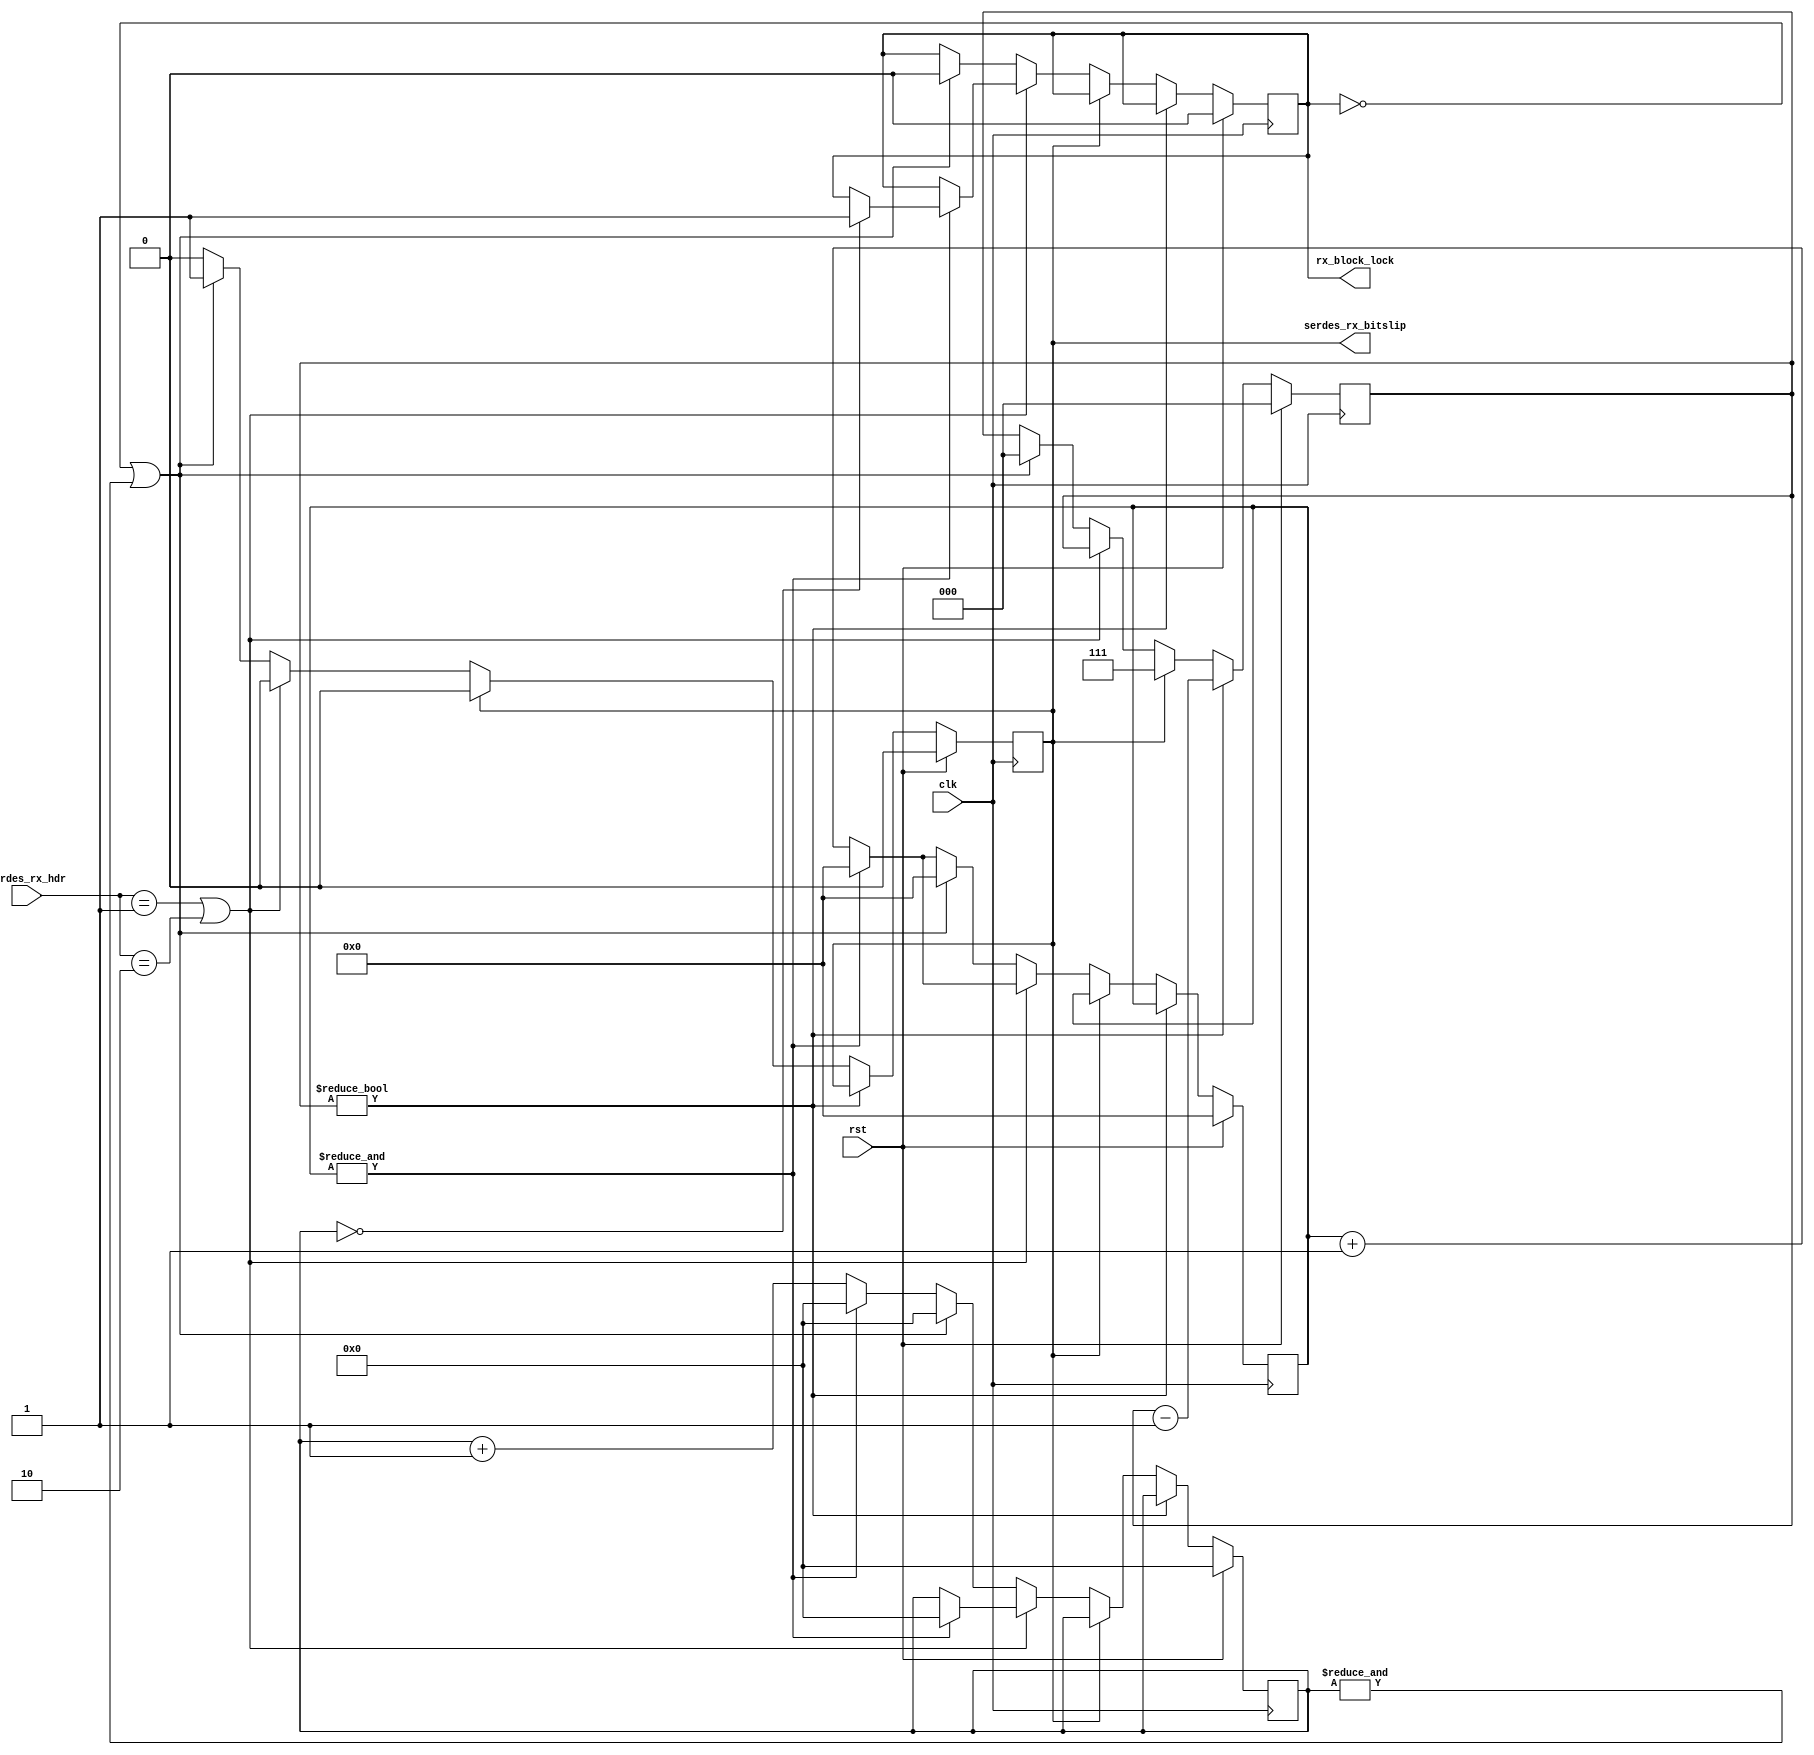
module eth_phy_10g_rx_frame_sync #
(
    parameter HDR_WIDTH = 2,
    parameter BITSLIP_HIGH_CYCLES = 1,
    parameter BITSLIP_LOW_CYCLES = 8
)
(
    input  wire                  clk,
    input  wire                  rst,

    /*
     * SERDES interface
     */
    input  wire [HDR_WIDTH-1:0]  serdes_rx_hdr,
    output wire                  serdes_rx_bitslip,

    /*
     * Status
     */
    output wire                  rx_block_lock
);

parameter BITSLIP_MAX_CYCLES = BITSLIP_HIGH_CYCLES > BITSLIP_LOW_CYCLES ? BITSLIP_HIGH_CYCLES : BITSLIP_LOW_CYCLES;
parameter BITSLIP_COUNT_WIDTH = $clog2(BITSLIP_MAX_CYCLES);

// bus width assertions
initial begin
    if (HDR_WIDTH != 2) begin
        $error("Error: HDR_WIDTH must be 2");
        $finish;
    end
end

localparam [1:0]
    SYNC_DATA = 2'b10,
    SYNC_CTRL = 2'b01;

reg [5:0] sh_count_reg = 6'd0, sh_count_next;
reg [3:0] sh_invalid_count_reg = 4'd0, sh_invalid_count_next;
reg [BITSLIP_COUNT_WIDTH-1:0] bitslip_count_reg = 0, bitslip_count_next;

reg serdes_rx_bitslip_reg = 1'b0, serdes_rx_bitslip_next;

reg rx_block_lock_reg = 1'b0, rx_block_lock_next;

assign serdes_rx_bitslip = serdes_rx_bitslip_reg;
assign rx_block_lock = rx_block_lock_reg;

always @* begin
    sh_count_next = sh_count_reg;
    sh_invalid_count_next = sh_invalid_count_reg;
    bitslip_count_next = bitslip_count_reg;

    serdes_rx_bitslip_next = serdes_rx_bitslip_reg;

    rx_block_lock_next = rx_block_lock_reg;

    if (bitslip_count_reg) begin
        bitslip_count_next = bitslip_count_reg-1;
    end else if (serdes_rx_bitslip_reg) begin
        serdes_rx_bitslip_next = 1'b0;
        bitslip_count_next = BITSLIP_LOW_CYCLES > 0 ? BITSLIP_LOW_CYCLES-1 : 0;
    end else if (serdes_rx_hdr == SYNC_CTRL || serdes_rx_hdr == SYNC_DATA) begin
        // valid header
        sh_count_next = sh_count_reg + 1;
        if (&sh_count_reg) begin
            // valid count overflow, reset
            sh_count_next = 0;
            sh_invalid_count_next = 0;
            if (!sh_invalid_count_reg) begin
                rx_block_lock_next = 1'b1;
            end
        end
    end else begin
        // invalid header
        sh_count_next = sh_count_reg + 1;
        sh_invalid_count_next = sh_invalid_count_reg + 1;
        if (!rx_block_lock_reg || &sh_invalid_count_reg) begin
            // invalid count overflow, lost block lock
            sh_count_next = 0;
            sh_invalid_count_next = 0;
            rx_block_lock_next = 1'b0;

            // slip one bit
            serdes_rx_bitslip_next = 1'b1;
            bitslip_count_next = BITSLIP_HIGH_CYCLES > 0 ? BITSLIP_HIGH_CYCLES-1 : 0;
        end else if (&sh_count_reg) begin
            // valid count overflow, reset
            sh_count_next = 0;
            sh_invalid_count_next = 0;
        end
    end
end

always @(posedge clk) begin
    sh_count_reg <= sh_count_next;
    sh_invalid_count_reg <= sh_invalid_count_next;
    bitslip_count_reg <= bitslip_count_next;
    serdes_rx_bitslip_reg <= serdes_rx_bitslip_next;
    rx_block_lock_reg <= rx_block_lock_next;

    if (rst) begin
        sh_count_reg <= 6'd0;
        sh_invalid_count_reg <= 4'd0;
        bitslip_count_reg <= 0;
        serdes_rx_bitslip_reg <= 1'b0;
        rx_block_lock_reg <= 1'b0;
    end
end

endmodule